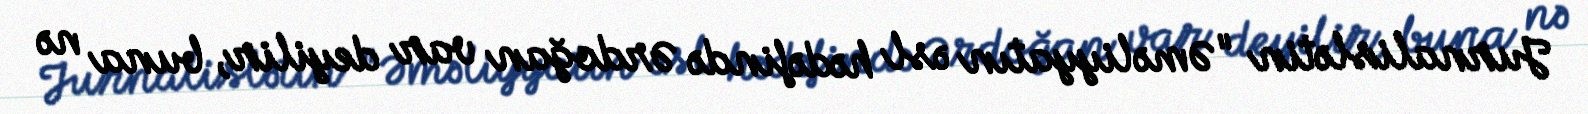
Jurnalislətin "Əməliyyatın əsl hədəfində Ərdoğan var deyilir, buna nə